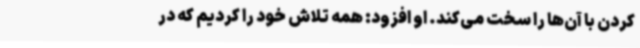
کردن با آن‌ها را سخت می‌کند. او افزود: همه تلاش خود را ‌کردیم که در